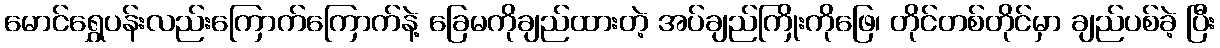
မောင်ရွှေပန်းလည်းကြောက်ကြောက်နဲ့ ခြေမကိုချည်ထားတဲ့ အပ်ချည်ကြိုးကိုဖြေ၊ တိုင်တစ်တိုင်မှာ ချည်ပစ်ခဲ့ ပြီး